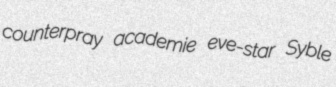
counterpray academie eve-star Syble